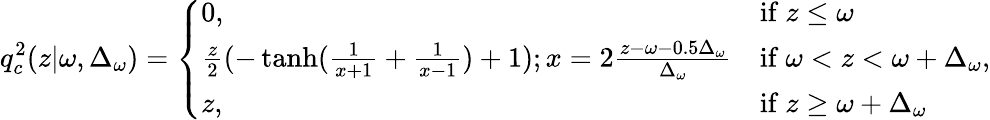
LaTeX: q_{c}^{2}(z|\omega,\Delta_{\omega})=\left\{ \begin{array}{ll}{0,}&{\mathrm{if~}z\leq\omega}\\ {\frac{z}{2}(-\operatorname{tanh}(\frac{1}{x+1}+\frac{1}{x-1})+1);x=2\frac{z-\omega-0.5\Delta_{\omega}}{\Delta_{\omega}}}&{\mathrm{if~}\omega<z<\omega+\Delta_{\omega}}\\ {z,}&{\mathrm{if~}z\geq\omega+\Delta_{\omega}}\end{array}\right.\mathrm{,}